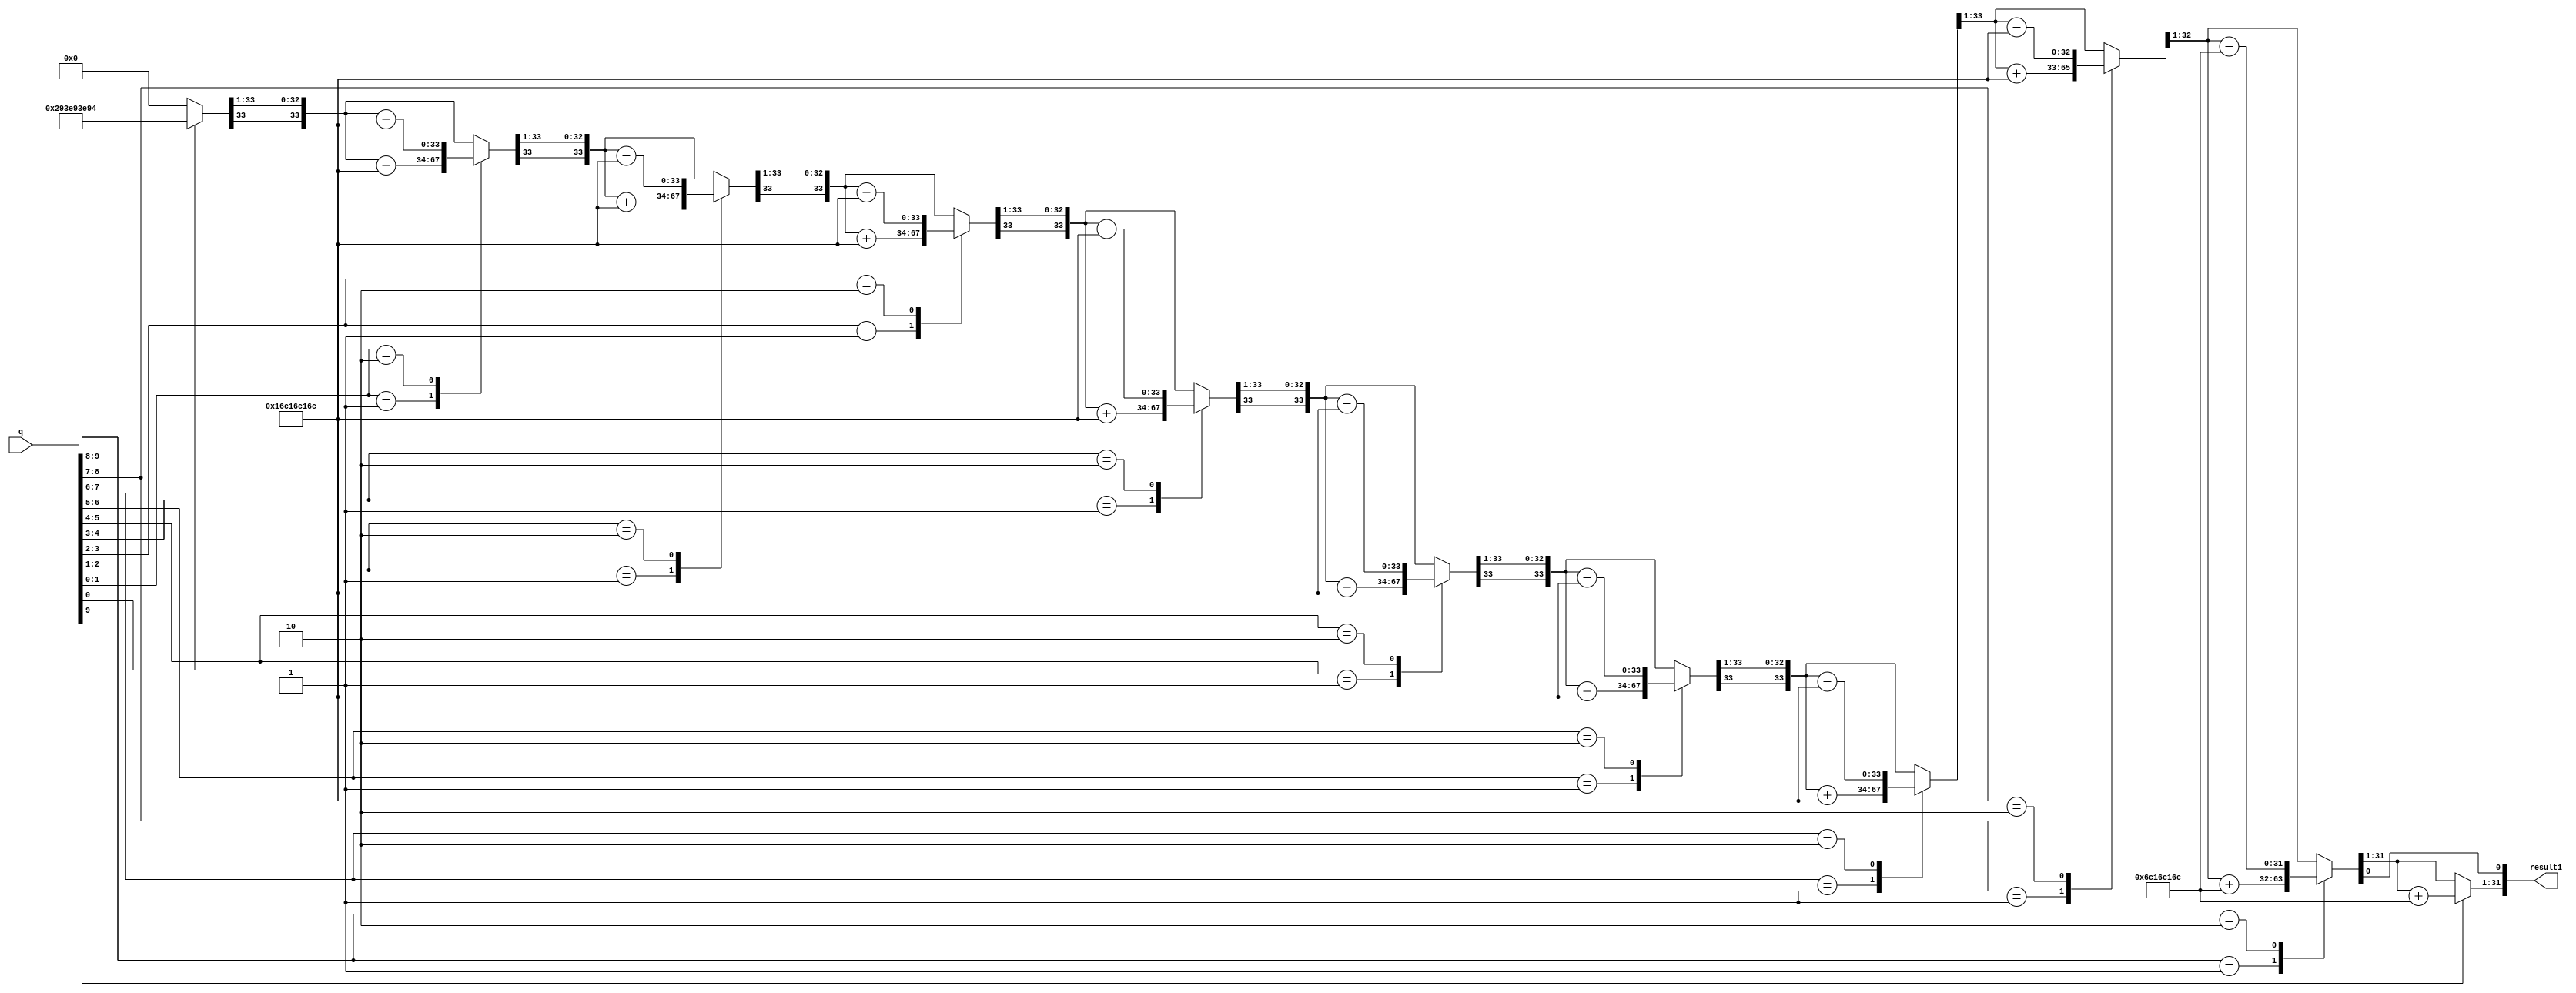
`timescale 1ns / 1ps
//////////////////////////////////////////////////////////////////////////////////
// Company: 
// Engineer: 
// 
// Design Name: 
// Module Name:    mult 
// Project Name: 
// Target Devices: 
// Tool versions: 
// Description: 
//
// Dependencies: 
//
// Revision: 
// Revision 0.01 - File Created
// Additional Comments: 
//
//////////////////////////////////////////////////////////////////////////////////
module boothmul(result1,q);
input [9:0] q;
output [31:0] result1;

parameter N=34;
reg [N-1:0] m = 34'b01_0110_1100_0001_0110_1100_0001_0110_1100;

wire [2*N-1:0] resultb;
wire [2*N-1:0] resultc;

reg [N-1:0] q_reg;
reg [2*N:0] result;
reg q_1 = 1'b0;
reg [N-1:0] a;

integer i;

assign resultb = result[2*N:1];
assign resultc = resultb>>9;
assign result1 = resultc[31:0];

always @ (m or q)
	begin
		a=34'b0;
		q_reg={24'b0,q};
		q_1=1'b0;
		result={a,q_reg,q_1};
		for(i=0;i<N;i=i+1)
			begin
				case(result[1:0])
					2'b01:	a=a+m;
					2'b10:	a=a-m;
					default:;					
				endcase
			result={a,q_reg,q_1};
			result={result[2*N],result[2*N:1]};
			a=result[2*N:N+1];
			q_reg=result[N:1];
			q_1=result[0];	
			end
	end
endmodule